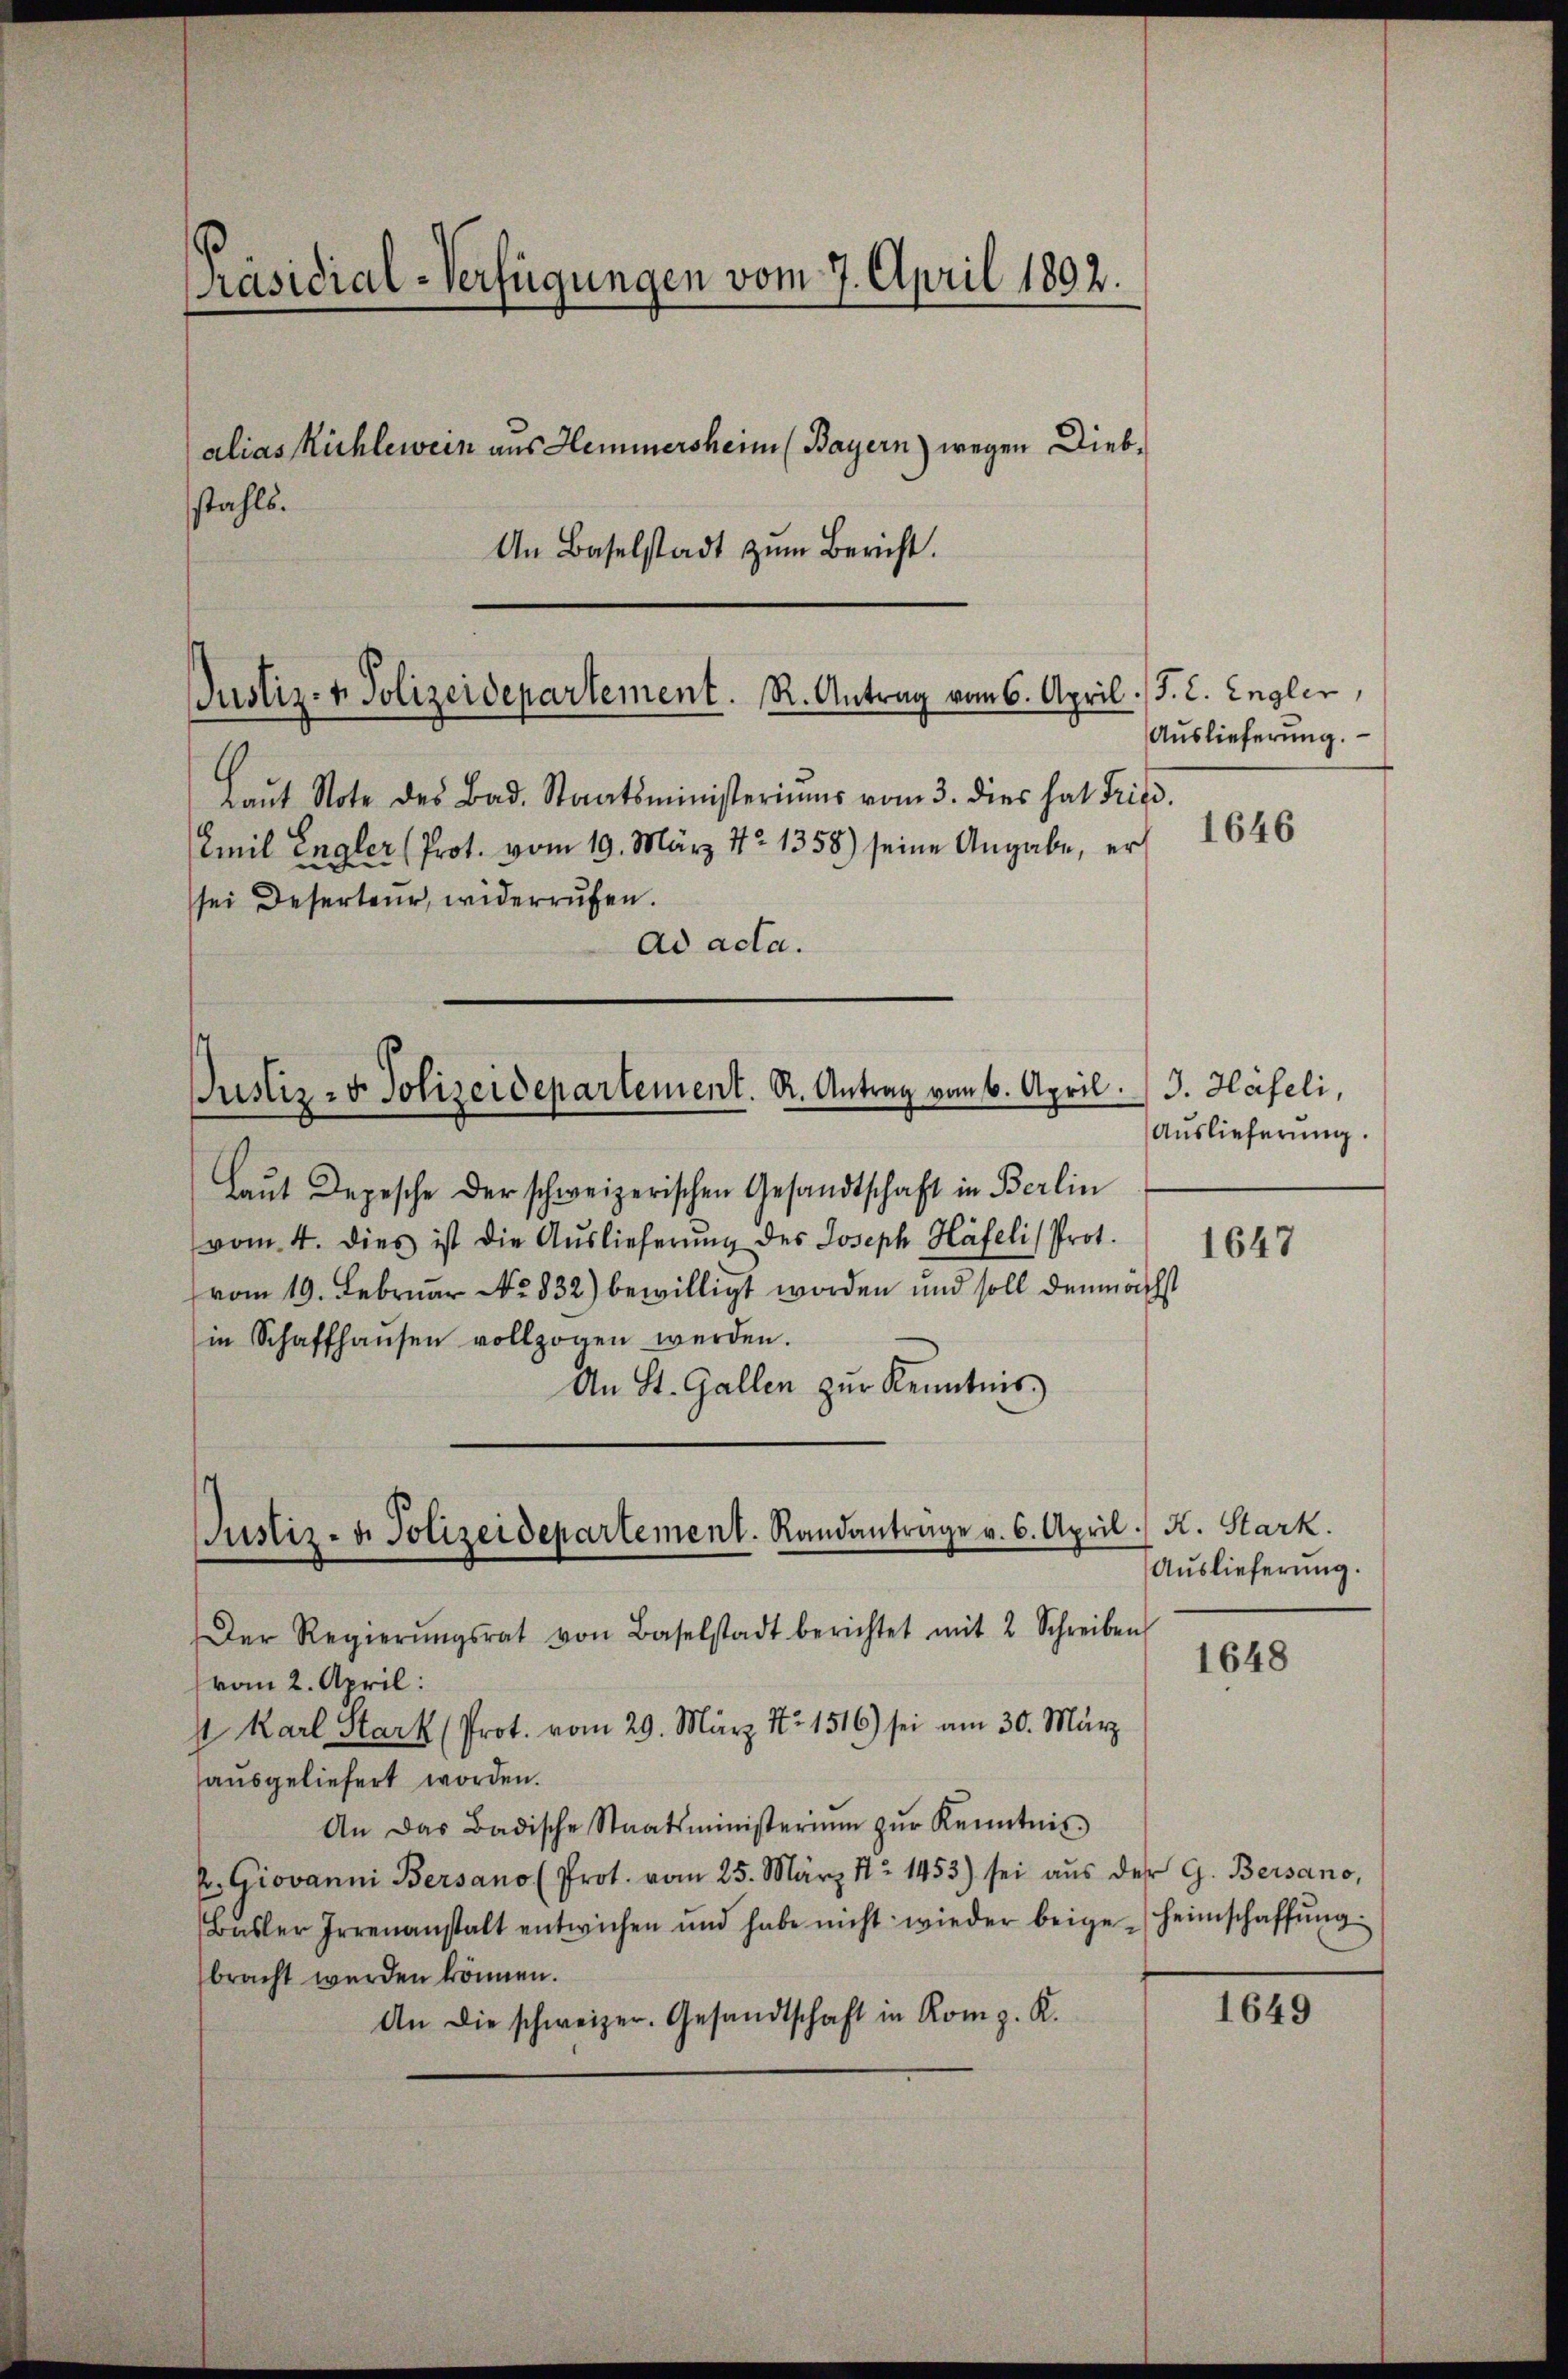
Präsidial-Verfügungen vom 7. April 1892.
alias Michlewein aus Hemmersheim (Bayern) wegen Diebstahls.

An Baselstadt zum Bericht.

Emil Engler (Prot. vom 19. März 172 1358) seine Angabe, er

Justiz- & Polizeidepartement. R. Antrag vom 6. April. J. C. Engler,

Justiz- & Polizeidepartement. R. Antrag vom 6. April. J. Häfeli,

Justiz- u. Polizeidepartement. Randanträge v. 6. April.

Laŭt Note des Bad. Staatsministeriums vom 3. dies hat Fried.
sei Deserteur, widerrufen.
ad acta.
Laŭt Depesche der schweizerischen Gesandtschaft in Berlin
vom 4. dies ist die Aŭslieferŭng des Joseph Häfeli Prot.
vom 19. Februar No. 832) bewilligt worden und soll demnächst
in Schaffhaŭsen vollzogen werden.
An St. Gallen zur Kenntnis.

Der Regierŭngsrat von Baselstadt berichtet mit 2 Schreiben
vom 2. April:
A Karl Stark (Prot. vom 29. März 17. 1516) sei am 30. März
ausgeliefert worden.
An das Badische Staatsministerium zŭr Kenntnis
k. Giovanni Bersano (Prot. vom 25. März 172. 1453) sei aŭs der G. Bersano,
Basler Irrenanstalt entwichen und habe nicht wieder beige-Heimschaffŭng
bracht werden können.
An die schweizer. Gesandtschaft in Komp. K.

Auslieferung.

1646

Auslieferung.

1647

K. Stark.
Auslieferung.

1648

1649